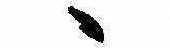
ゝ